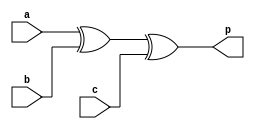
module parity_gen_even
  (input a,b,c,
   output p);
  
  wire x;
      
  xor r1(x,a,b);
  xor r2(p,x,c);
endmodule